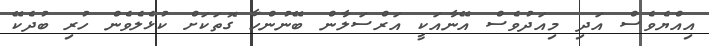
އިއްޔެވެސް އަދި މިއަދުވެސް އޭނާއަކީ އަރްސަލާން ބޭނުންހާ ގޮތަކަށް ކުޅެލެވެން ހުރި ބުދެކޭ